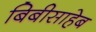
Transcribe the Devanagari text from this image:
बिबीसाहेब